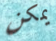
يمكن